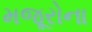
મજૂરોના